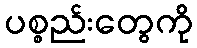
ပစ္စည်းတွေကို